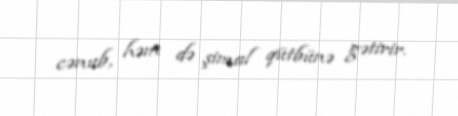
cənub, həm də şimal qütbünə gətirir.